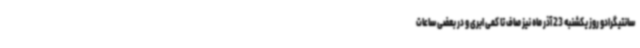
سانتیگرادو روز یکشنبه 23 آذر ماه نیز صاف تا کمی ابری و در بعضی ساعات